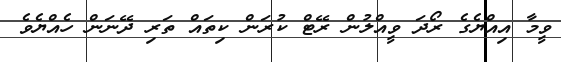
ވީމާ އިއްޔެގެ ރޯދަ ވީއްލުން ރޭޓް ކުރަން ކިތައް ތަރި ދޭނަން ހެއްޔެވެ